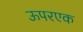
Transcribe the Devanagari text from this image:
ऊपरएक